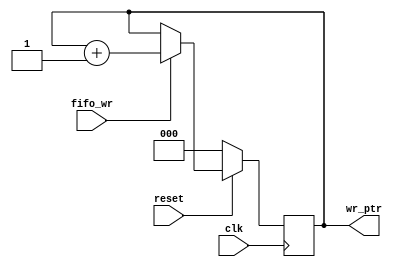
module write(
    input clk, reset, fifo_wr,
    output reg [2:0] wr_ptr);

    always @(posedge clk) begin
        if (reset == 0) begin
            wr_ptr <= 0; 
        end
        else if (fifo_wr == 1) begin
            wr_ptr <= wr_ptr + 1; 
        end
        else if (fifo_wr == 0) begin
            wr_ptr <= wr_ptr;
        end
    end
endmodule